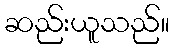
ဆည်းယူသည်။